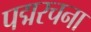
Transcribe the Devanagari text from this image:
पद्मरचना